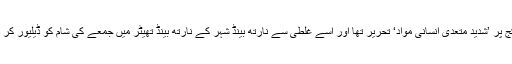
اس پیکج پر ’شدید متعدی انسانی مواد‘ تحریر تھا اور اسے غلطی سے نارتھ بینڈ شہر کے نارتھ بینڈ تھیٹر میں جمعے کی شام کو ڈیلیور کر دیا گیا۔